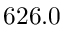
6 2 6 . 0